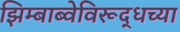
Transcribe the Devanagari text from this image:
झिम्बाब्वेविरूद्धच्या